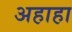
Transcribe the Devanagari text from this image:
अहाहा